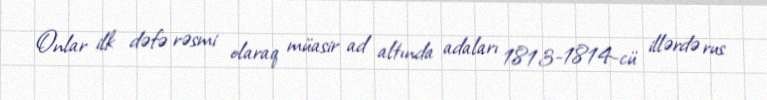
Onlar ilk dəfə rəsmi olaraq müasir ad altında adaları 1813-1814-cü illərdə rus